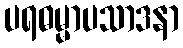
ပရဓမ္မာပသာဒနာ